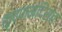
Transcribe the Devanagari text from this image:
कृष्णमंदिरात